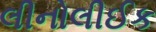
લીનોલીઈક